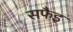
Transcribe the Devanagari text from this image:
सफैइ